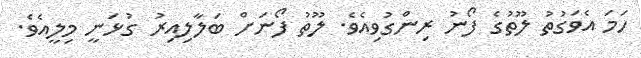
ހަމަ އެވަގުތު ލޫތުގެ ފޯނު ރިންގުވިއެވެ. ލޫތު ފޯނަށް ބަލާލިއިރު ގުޅަނީ މިލީއެވެ.